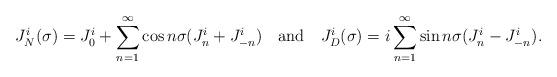
LaTeX: \begin{align*}J^i_N(\sigma) = J_0^i + \sum_{n=1}^\infty \cos n \sigma (J_n^i + J_{-n}^i)\quad {\rm and} \quad J^i_D (\sigma) =i\sum_{n=1}^\infty \sin n \sigma (J_n^i -J_{-n}^i).\end{align*}